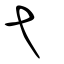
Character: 弋